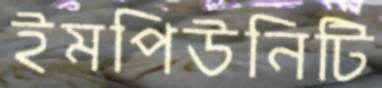
ইমপিউনিটি